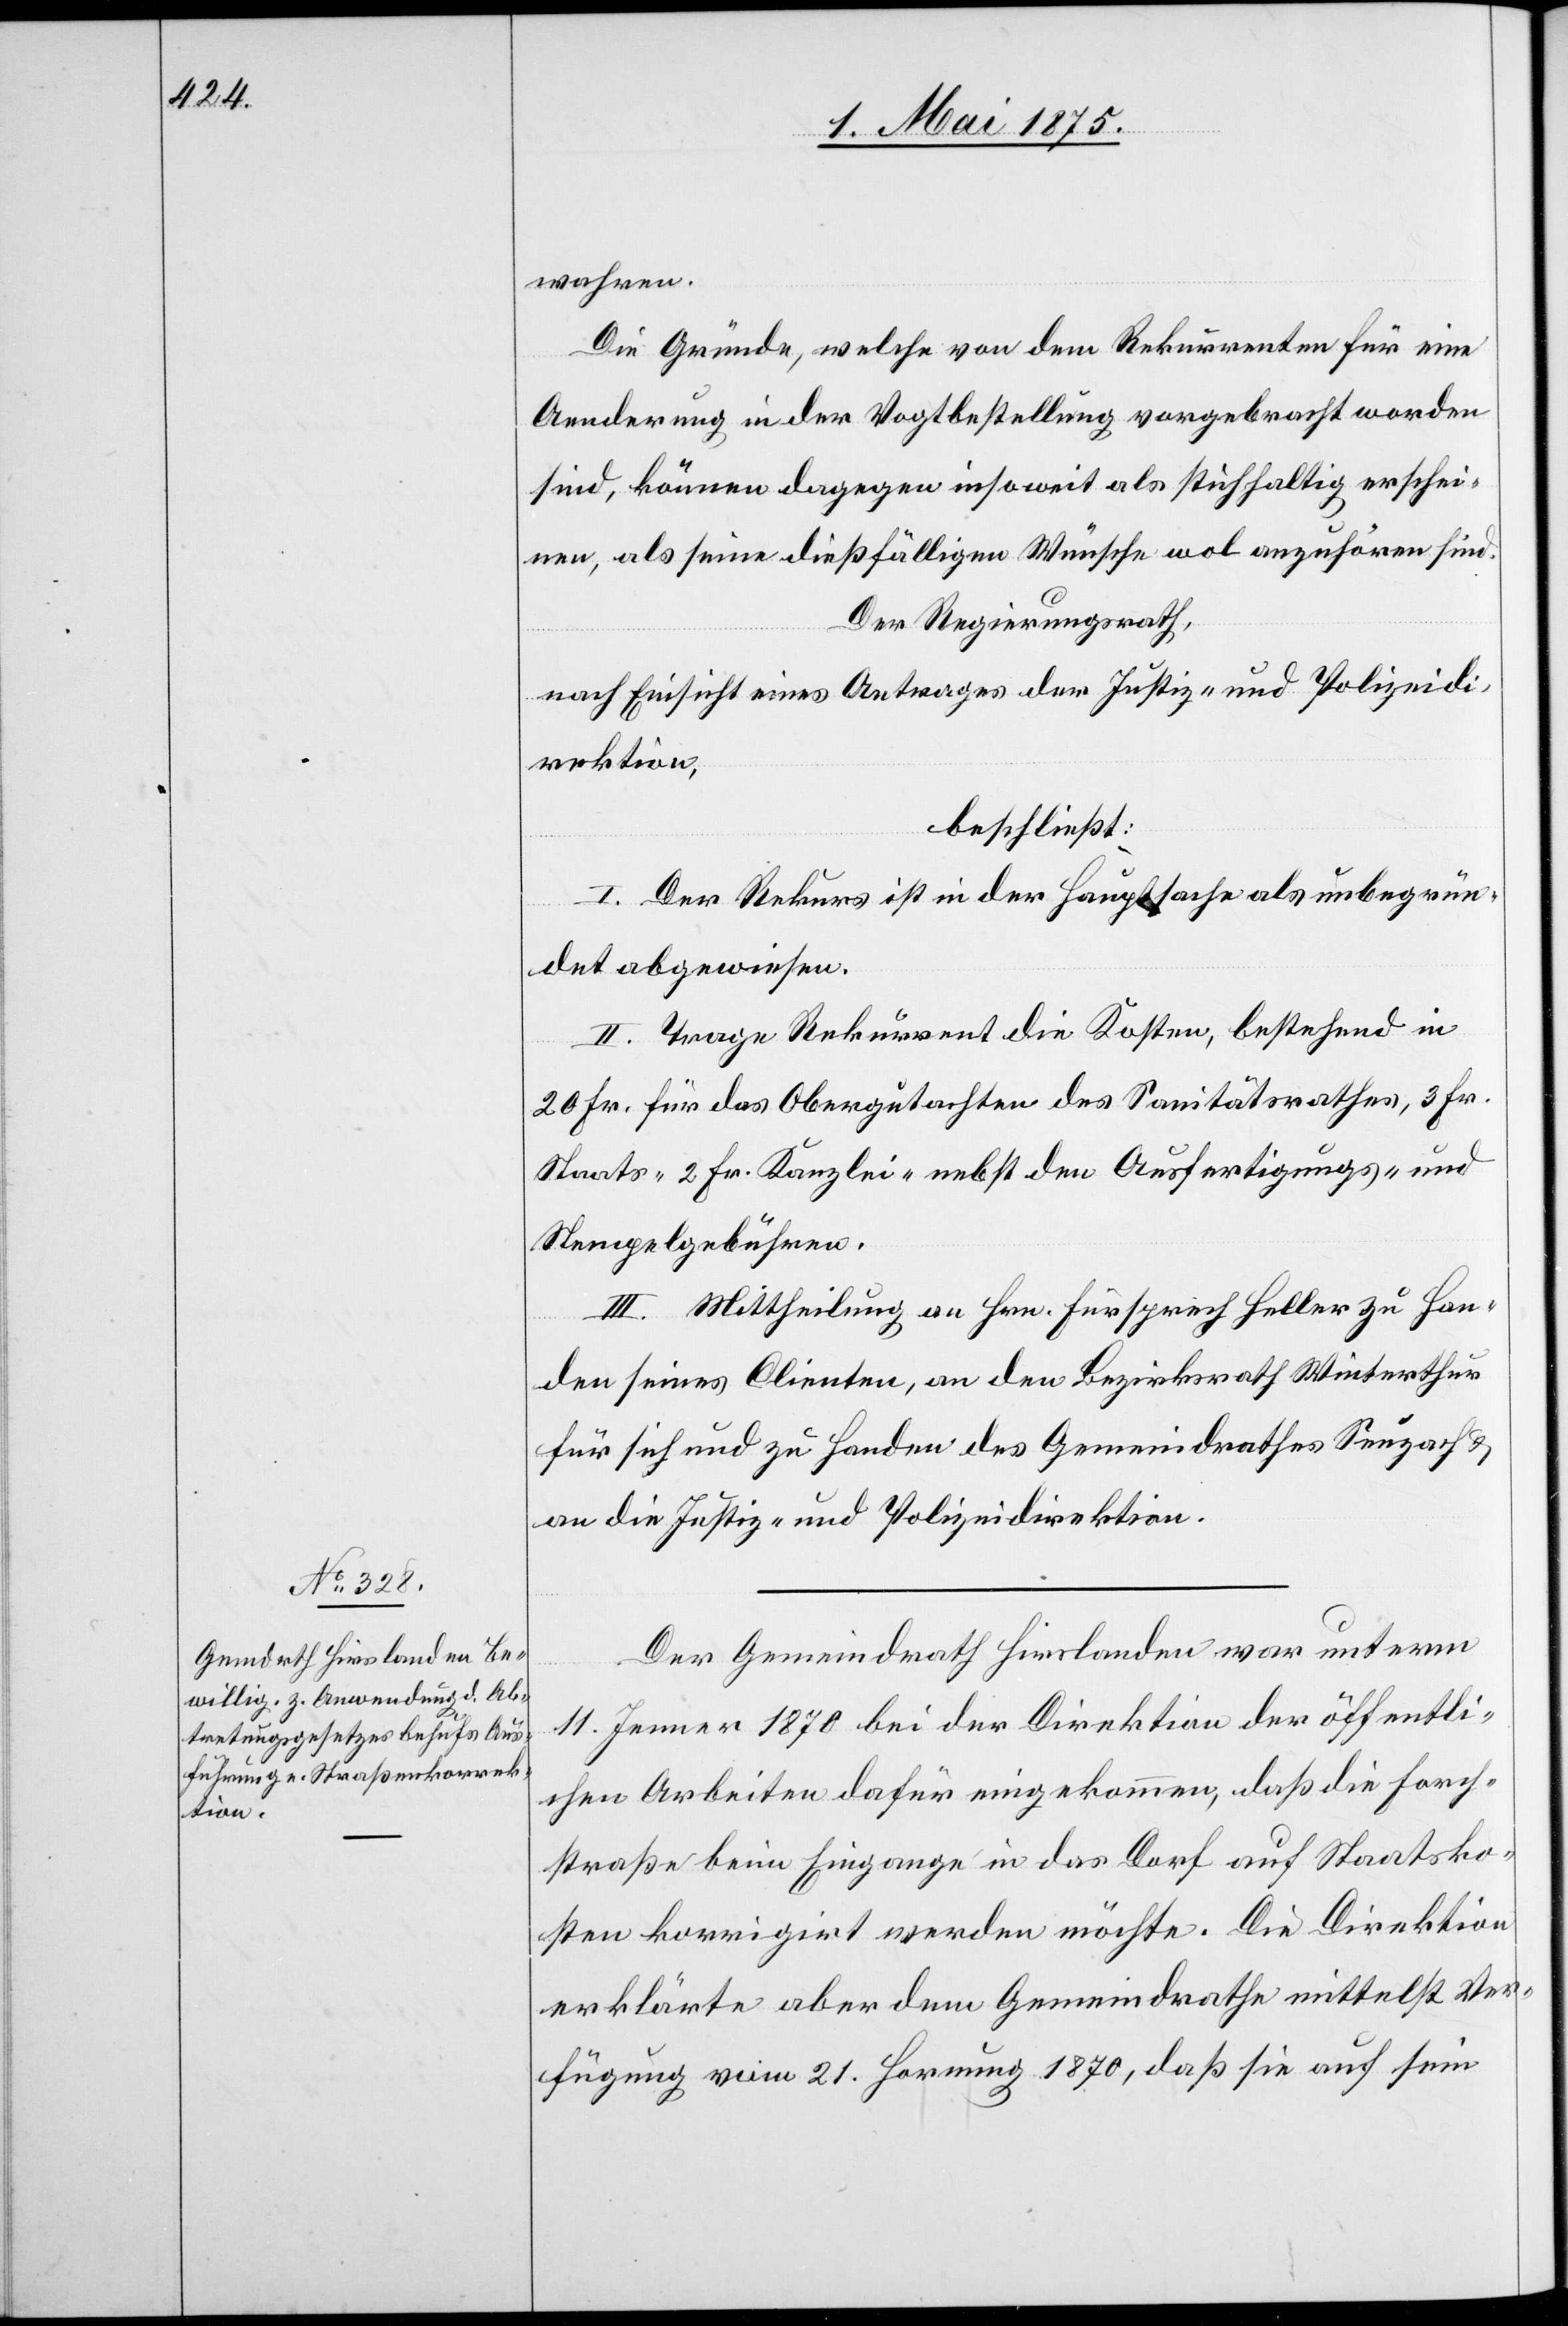
wahren.
Die Gründe, welche von dem Rekurrenten für eine
Aenderung in der Vogtbestellung vorgebracht worden
sind, können dagegen insoweit als stichhaltig erschei¬
nen, als seine dießfälligen Wünsche wol anzuhören sind.
Der Regierungsrath,
nach Einsicht eines Antrages der Justiz- und Polizeidi¬
rektion,
beschließt:
I. Der Rekurs ist in der Hauptsache als unbegrün¬
det abgewiesen.
II. Trage Rekurrent die Kosten, bestehend in
20 Fr. für das Obergutachten des Sanitätsrathes, 3 Fr.
Staats- 2 Fr. Kanzlei- nebst den Ausfertigungs- und
Stempelgebühren.
III. Mittheilung an Hrn. Fürsprech Heller zu Han¬
den seines Clienten, an den Bezirksrath Winterthur
für sich und zu Handen des Gemeindrathes Seuzach &
an die Justiz- und Polizeidirektion.
Der Gemeindrath Hirslanden war unterm
11. Jenner 1870 bei der Direktion der öffentli¬
chen Arbeiten dafür eingekommen, daß die Forch¬
straße beim Eingange in das Dorf auf Staatsko¬
sten korrigirt werden möchte. Die Direktion
erklärte aber dem Gemeindrathe mittelst Ver¬
fügung vom 21. Hornung 1870, daß sie auf sein